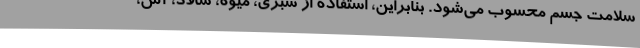
سلامت جسم محسوب می‌شود. بنابراین، استفاده از سبزی، میوه، سالاد، آش،